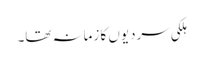
ہلکی سردیوں کا زمانہ تھا۔